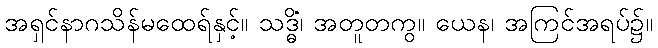
အရှင်နာဂသိန်မထေရ်နှင့်။ သဒ္ဓိံ၊ အတူတကွ။ ယေန၊ အကြင်အရပ်၌။